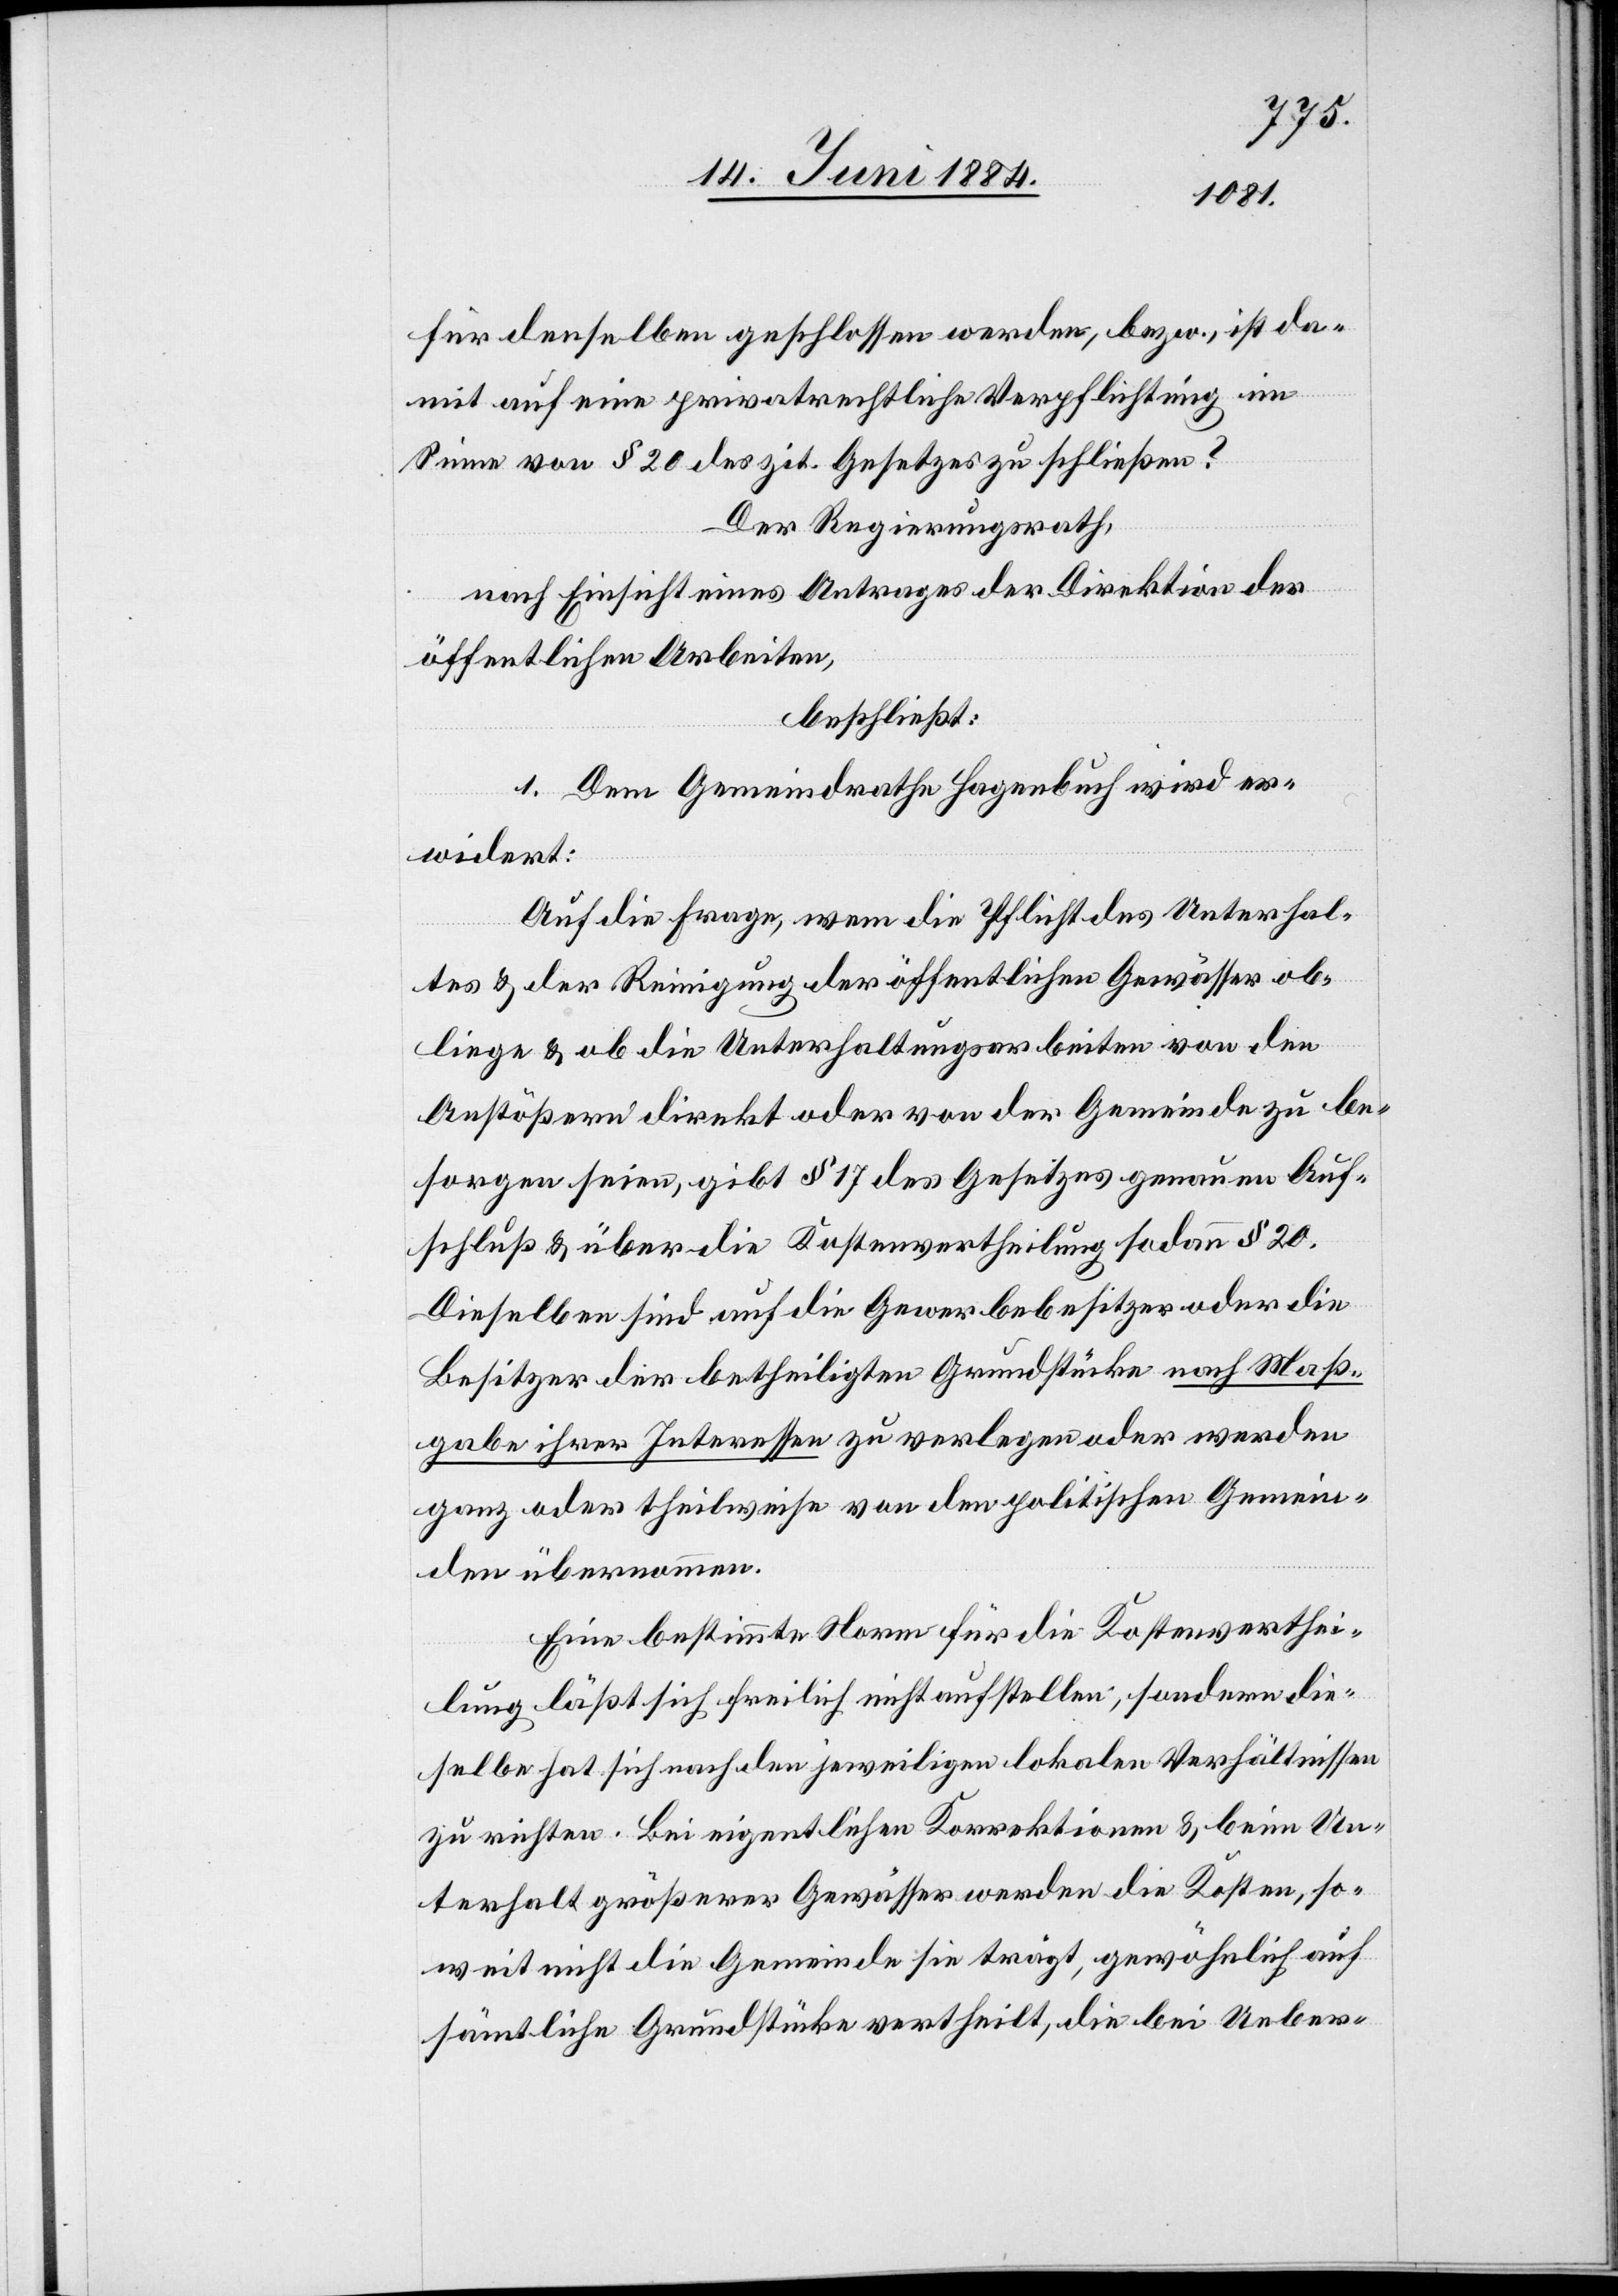
für denselben geschlossen werden, bezw., ist da¬
mit auch eine privatrechtliche Verpflichtung im
Sinne von § 20 des zit. Gesetzes zu schließen?
Der Regierungsrath,
nach Einsicht eines Antrages der Direktion der
öffentlichen Arbeiten,
beschließt:
1. Dem Gemeindrathe Hagenbuch wird er¬
widert:
Auf die Frage, wem die Pflicht des Unterhal¬
tes & der Reinigung der öffentlichen Gewässer ob¬
liege & ob die Unterhaltungsarbeiten von den
Anstößern direkt oder von der Gemeinde zu be¬
sorgen seien, gibt § 17 des Gesetzes genauen Auf¬
schluß & über die Kostenvertheilung sodann § 20.
Dieselben sind auf die Gewerbebesitzer oder die
Besitzer der betheiligten Grundstücke nach Maß¬
gabe ihrer Interessen zu verlegen oder werden
ganz oder theilweise von den politischen Gemein¬
den übernommen.
Eine bestimmte Norm für die Kostenverthei¬
lung läßt sich freilich nicht aufstellen, sondern die¬
selbe hat sich nach den jeweiligen lokalen Verhältnissen
zu richten. Bei eigentlichen Korrektionen & beim Un¬
terhalt größerer Gewässer werden die Kosten, so¬
weit nicht die Gemeinde sie trägt, gewöhnlich auf
sämtliche Grundstücke vertheilt, die bei Ueber-